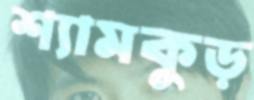
শ্যামকুড়